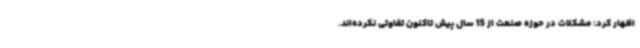
اظهار کرد: مشکلات در حوزه صنعت از 15 سال پیش تاکنون تفاوتی نکرده‌اند.